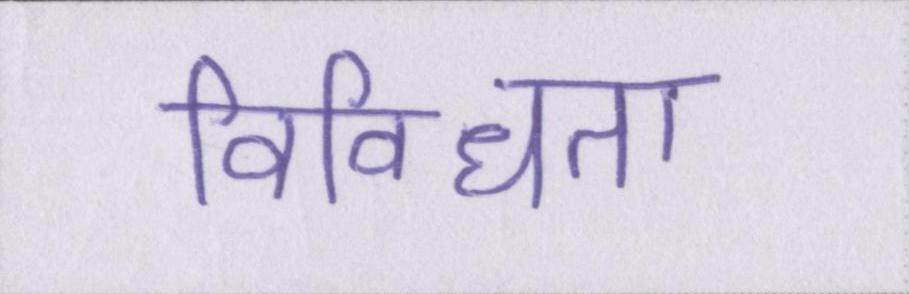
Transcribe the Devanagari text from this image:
विविधता